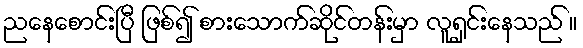
ညနေစောင်းပြီ ဖြစ်၍ စားသောက်ဆိုင်တန်းမှာ လူရှင်းနေသည် ။